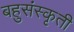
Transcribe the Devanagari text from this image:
बहुसंस्कृती